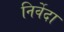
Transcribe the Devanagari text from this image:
निर्वेदा